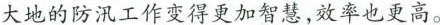
大地的防汛工作变得更加智慧，效率也更高。